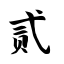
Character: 贰